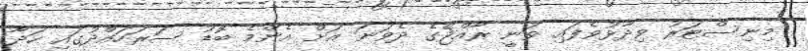
މިނިސްޓަރު ވިދާޅުވެފައި ވަނީ ރާއްޖޭގެ ދެވަނަ އަށް އެންމެ ބޮޑު ސަރަހައްދުގައި ހަދާ